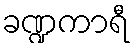
ခဏ္ဍကာရီ